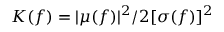
K ( f ) = | \mu ( f ) | ^ { 2 } / 2 [ \sigma ( f ) ] ^ { 2 }